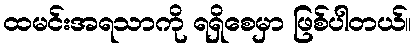
ထမင်းအရသာကို ရရှိစေမှာ ဖြစ်ပါတယ်။